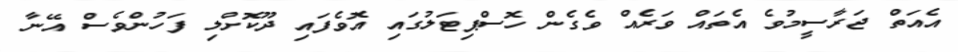
އެއަތް ޖަރާސީމުވެ އެތައް ވަރެއް ވެގެން ހޮސްޕިޓަލުގައި އޮވެފައި ދޫކޮށްލި ފަހުންވެސް އޭނާ